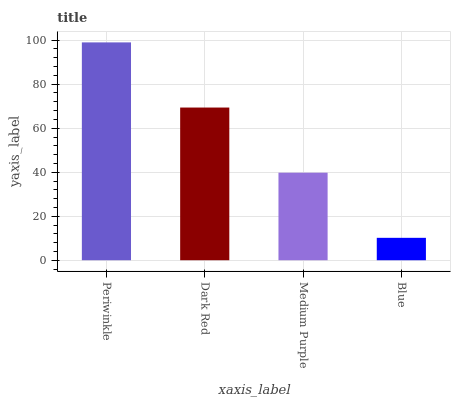
| xaxis_label | bars |
 | --- | --- |
 | Periwinkle | 99 |
 | Dark Red | 69.4 |
 | Medium Purple | 39.8 |
 | Blue | 10.2 |